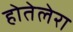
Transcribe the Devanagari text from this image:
होतेलेरा